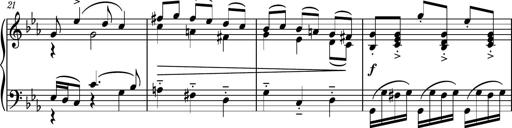
Title: Piano Sonatina No.5
Composer: Dimitri Sykias
Key: C minor